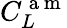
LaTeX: C_{L}^{\mathrm{~a~m~}}